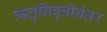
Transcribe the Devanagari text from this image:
ऋतुनिवृत्तीनंतर